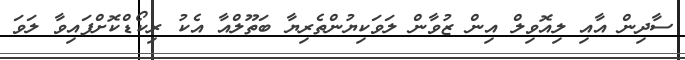
ސާދިން އާއި ލިއޮވިލް އިން ޒުވާން ލަވަކިޔުންތެރިޔާ ބަތޫލްއާ އެކު ރިކޯޑްކޮށްފައިވާ ލަވަ